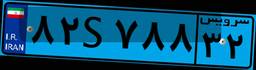
۸۲S۷۸۸۳۲